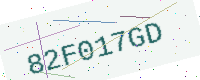
Text: 82F017GD